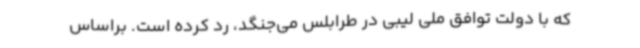
که با دولت توافق ملی لیبی در طرابلس می‌جنگد، رد کرده است. براساس